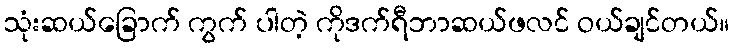
သုံးဆယ်ခြောက် ကွက် ပါတဲ့ ကိုဒက်ရီဘာဆယ်ဖလင် ဝယ်ချင်တယ်။